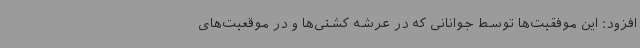
افزود: این موفقیت‌ها توسط جوانانی که در عرشه کشتی‌ها و در موقعیت‌های